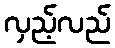
လှည့်လည်